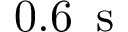
0 . 6 \, \mathrm { ~ s ~ }